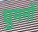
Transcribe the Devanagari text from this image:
घुमनों